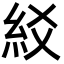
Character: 䋂